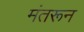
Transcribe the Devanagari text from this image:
मंतरून